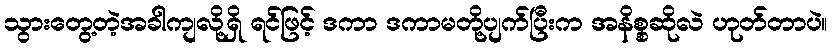
သွားတွေ့တဲ့အခါကျလို့ရှိ ရင်ဖြင့် ဒကာ ဒကာမတို့ပျက်ပြီးက အနိစ္စဆိုလဲ ဟုတ်တာပဲ။